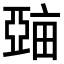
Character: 𤲾